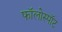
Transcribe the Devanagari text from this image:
फॉलोस्पॉट